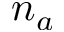
n _ { a }